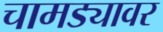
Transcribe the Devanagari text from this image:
चामड्यावर